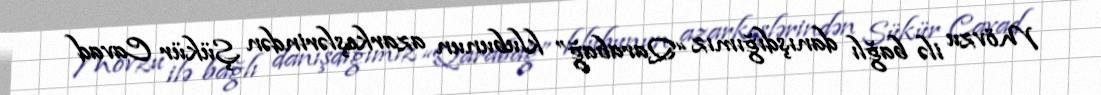
Mövzu ilə bağlı danışdığımız “Qarabağ” klubunun azarkeşlərindən Şükür Cavad